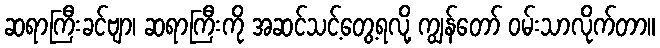
ဆရာကြီးခင်ဗျာ၊ ဆရာကြီးကို အဆင်သင့်တွေ့ရလို့ ကျွန်တော် ဝမ်းသာလိုက်တာ။